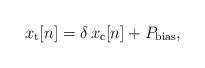
LaTeX: \begin{align*}x_{\rm t}[n]=\delta\, x_{\rm c}[n]+P_{\rm bias},\end{align*}